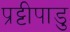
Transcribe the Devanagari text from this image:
प्रट्टीपाडु